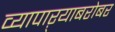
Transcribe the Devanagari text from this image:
व्यापाऱ्याबरोबर